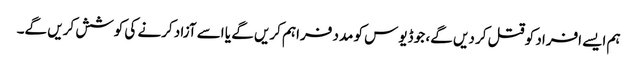
ہم ایسے افراد کو قتل کر دیں گے، جو ڈیوس کو مدد فراہم کریں گے یا اسے آزاد کرنے کی کوشش کریں گے۔